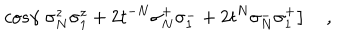
\left. c o s \gamma \; \sigma _ { N } ^ { z } \sigma _ { 1 } ^ { z } + 2 t ^ { - N } \sigma _ { N } ^ { + } \sigma _ { 1 } ^ { - } + 2 t ^ { N } \sigma _ { N } ^ { - } \sigma _ { 1 } ^ { + } \right] \quad ,